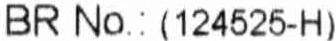
BR NO.: (124525-H)